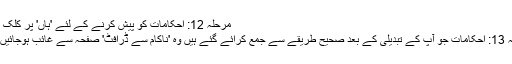
مرحلہ 12: احکامات کو پیش کرنے کے لئے 'ہاں' پر کلک کریں
مرحلہ 13: احکامات جو آپ کے تبدیلی کے بعد صحیح طریقے سے جمع کرائے گئے ہیں وہ 'ناکام سے ڈرافٹ' صفحہ سے غائب ہوجائیں گے۔